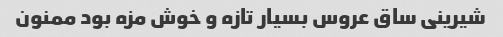
شیرینی ساق عروس بسیار تازه و خوش مزه بود ممنون